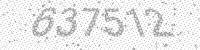
Solution: 637512